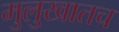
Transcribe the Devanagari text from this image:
मुलुखातच